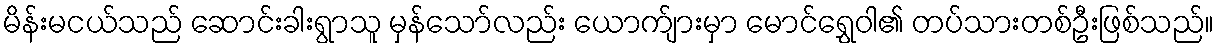
မိန်းမငယ်သည် ဆောင်းခါးရွာသူ မှန်သော်လည်း ယောက်ျားမှာ မောင်ရွှေဝါ၏ တပ်သားတစ်ဦးဖြစ်သည်။